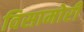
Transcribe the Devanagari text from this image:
विसामोरी